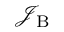
\mathcal { J } _ { \mathrm { B } }